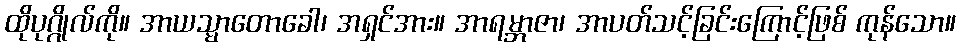
ထိုပုဂ္ဂိုလ်ကို။ အာယသ္မာတောခေါ၊ အရှင်အား။ အာရမ္ဘာဇာ၊ အာပတ်သင့်ခြင်းကြောင့်ဖြစ် ကုန်သော။